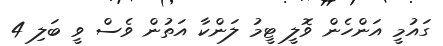
ގައުމީ އަންހެން ވޮލީ ޓީމު ލަންކާ އަތުން ވެސް ވީ ބަލި 4